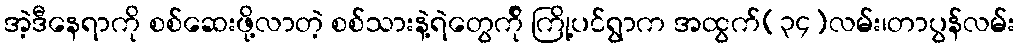
အဲ့ဒီနေရာကို စစ်ဆေးဖို့လာတဲ့ စစ်သားနဲ့ရဲတွေက်ို ကြို့ပင်ရွာက အထွက်(၃၄)လမ်း၊တာပွန်လမ်း